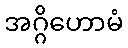
အဂ္ဂိဟောမံ